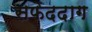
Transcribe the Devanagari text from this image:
सफेददाग